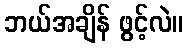
ဘယ်အချိန် ဖွင့်လဲ။